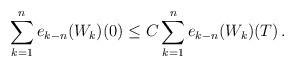
LaTeX: \begin{align*}\sum_{k=1}^n e_{k-n}(W_k)(0) \le C \sum_{k=1}^n e_{k-n}(W_k)(T) \,.\end{align*}